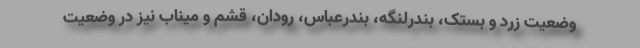
وضعیت زرد و بستک، بندرلنگه، بندرعباس، رودان، قشم و میناب نیز در وضعیت